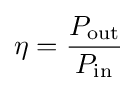
\eta ={P_{\text{out}} \over P_{\text{in}}}